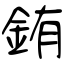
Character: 銪